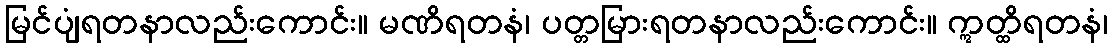
မြင်ပျံရတနာလည်းကောင်း။ မဏိရတနံ၊ ပတ္တမြားရတနာလည်းကောင်း။ ဣတ္ထိရတနံ၊